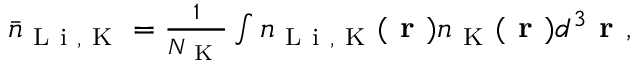
\begin{array} { r } { \bar { n } _ { \mathrm { ~ L ~ i ~ , ~ K ~ } } = \frac { 1 } { N _ { \mathrm { ~ K ~ } } } \int n _ { \mathrm { ~ L ~ i ~ , ~ K ~ } } ( \textbf { r } ) n _ { \mathrm { ~ K ~ } } ( \textbf { r } ) d ^ { 3 } \textbf { r } , } \end{array}